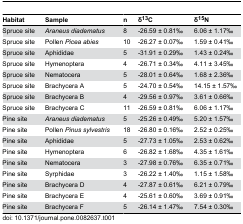
<table><thead><tr><td><b>Habitat</b></td><td><b>Sample</b></td><td><b>n</b></td><td><b>δ<sup>13</sup>C</b></td><td><b>δ<sup>15</sup>N</b></td></tr></thead><tbody><tr><td>Spruce site</td><td><i>Araneus diadematus</i></td><td>8</td><td>-26.59 ± 0.81‰</td><td>6.06 ± 1.17‰</td></tr><tr><td>Spruce site</td><td>Pollen <i>Picea abies</i></td><td>10</td><td>-26.27 ± 0.07‰</td><td>1.59 ± 0.41‰</td></tr><tr><td>Spruce site</td><td>Aphididae</td><td>5</td><td>-31.91 ± 0.29‰</td><td>1.43 ± 0.24‰</td></tr><tr><td>Spruce site</td><td>Hymenoptera</td><td>4</td><td>-26.71 ± 0.34‰</td><td>4.11 ± 3.45‰</td></tr><tr><td>Spruce site</td><td>Nematocera</td><td>5</td><td>-28.01 ± 0.64‰</td><td>1.68 ± 2.36‰</td></tr><tr><td>Spruce site</td><td>Brachycera A</td><td>5</td><td>-24.70 ± 0.54‰</td><td>14.15 ± 1.57‰</td></tr><tr><td>Spruce site</td><td>Brachycera B</td><td>4</td><td>-29.56 ± 0.97‰</td><td>3.61 ± 0.66‰</td></tr><tr><td>Spruce site</td><td>Brachycera C</td><td>11</td><td>-26.59 ± 0.81‰</td><td>6.06 ± 1.17‰</td></tr><tr><td>Pine site</td><td><i>Araneus diadematus</i></td><td>5</td><td>-25.26 ± 0.49‰</td><td>5.20 ± 1.57‰</td></tr><tr><td>Pine site</td><td>Pollen <i>Pinus sylvestris</i></td><td>18</td><td>-26.80 ± 0.16‰</td><td>2.52 ± 0.25‰</td></tr><tr><td>Pine site</td><td>Aphididae</td><td>5</td><td>-27.73 ± 1.05‰</td><td>2.53 ± 0.62‰</td></tr><tr><td>Pine site</td><td>Hymenoptera</td><td>6</td><td>-26.82 ± 1.68‰</td><td>4.35 ± 1.61‰</td></tr><tr><td>Pine site</td><td>Nematocera</td><td>3</td><td>-27.98 ± 0.76‰</td><td>6.35 ± 0.71‰</td></tr><tr><td>Pine site</td><td>Syrphidae</td><td>3</td><td>-26.22 ± 1.40‰</td><td>1.15 ± 1.58‰</td></tr><tr><td>Pine site</td><td>Brachycera D</td><td>4</td><td>-27.87 ± 0.61‰</td><td>6.21 ± 0.79‰</td></tr><tr><td>Pine site</td><td>Brachycera E</td><td>4</td><td>-25.61 ± 0.60‰</td><td>3.69 ± 0.91‰</td></tr><tr><td>Pine site</td><td>Brachycera F</td><td>5</td><td>-26.14 ± 1.47‰</td><td>7.54 ± 0.30‰</td></tr></tbody></table>